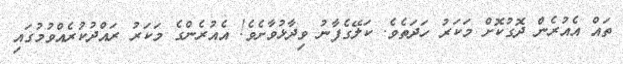
ތައް އެއުރެން ދޮގުކޮށް މަކަރު ހަދަތެވެ. ކަލޭގެފާނު ވިދާޅުވާށެވެ! އެއުރެންގެ މަކަރު ރައްދުކުރެއްވުމުގައި